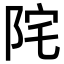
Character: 𨹏